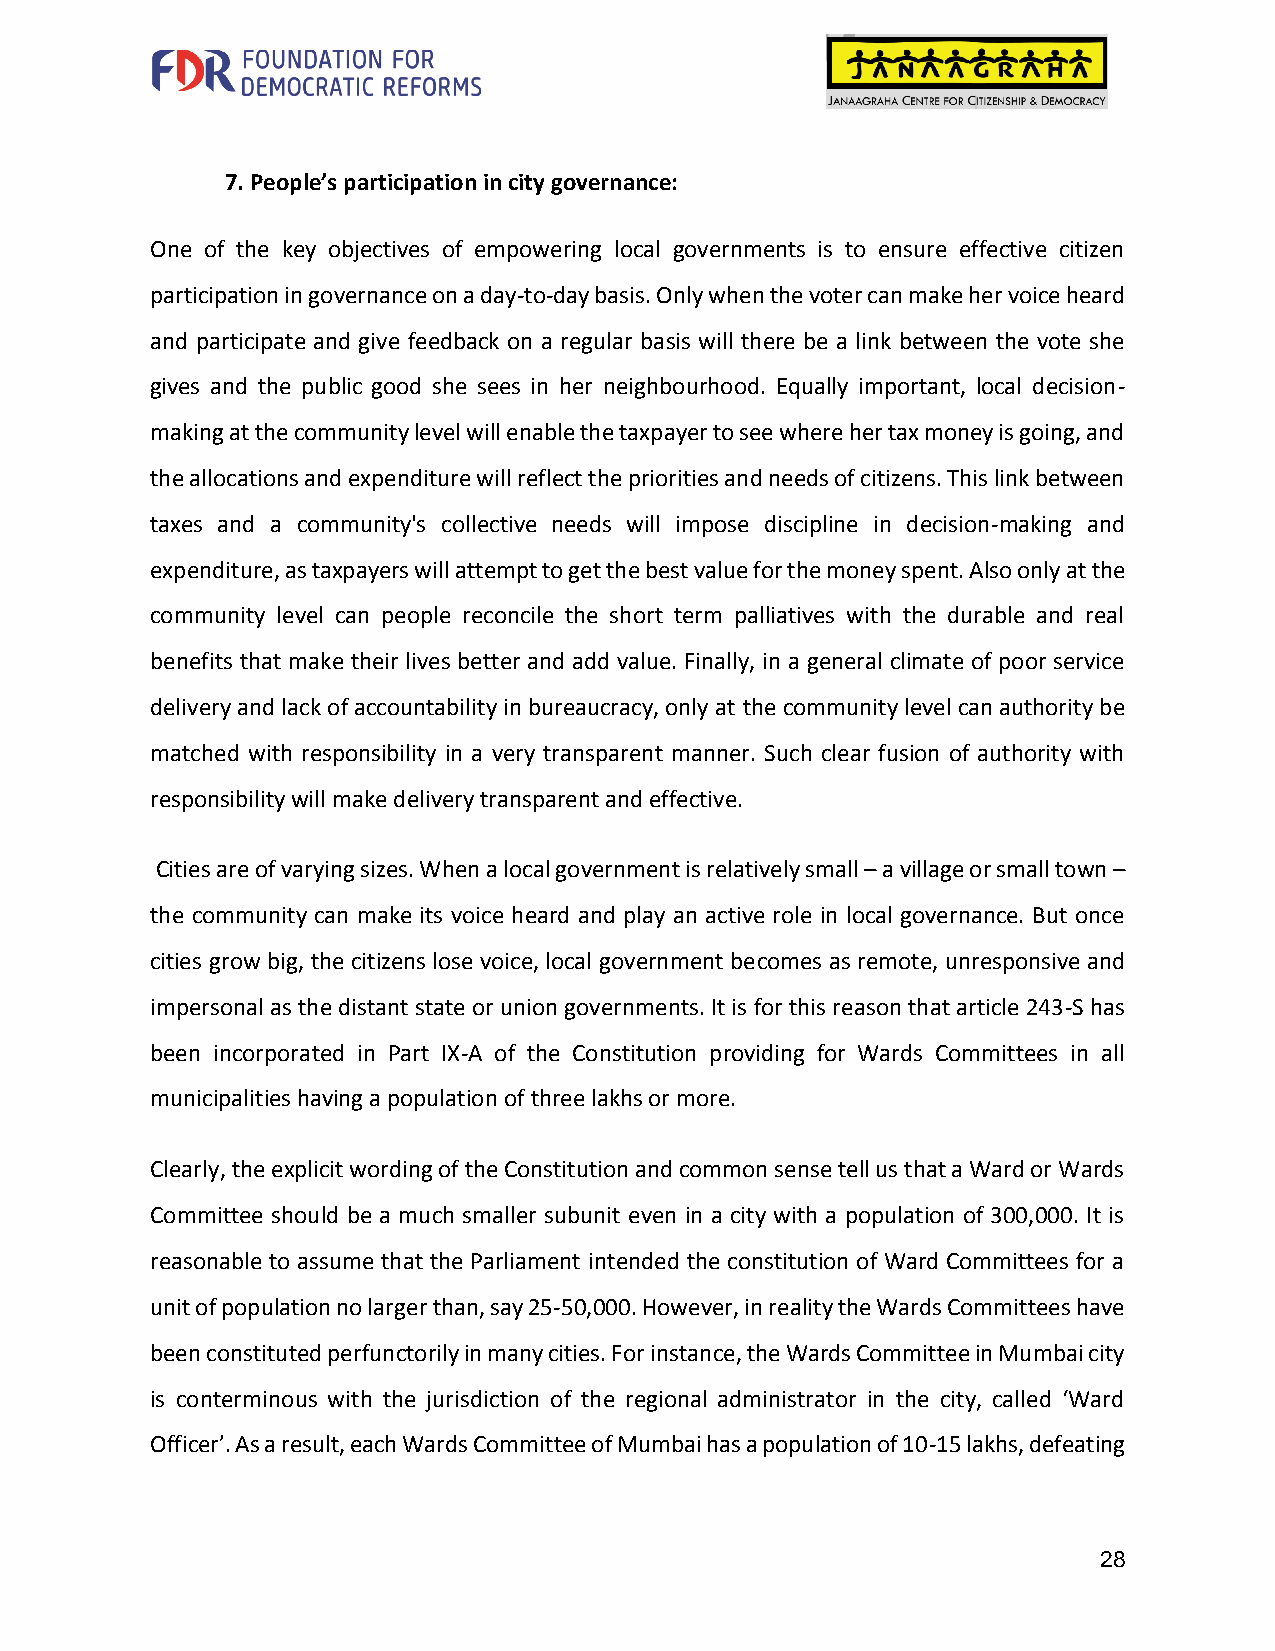
7. People’s participation in city governance:
 One of the key objectives of empowering local governments is to ensure effective citizen
 participation in governance on a day-to-day basis. Only when the voter can make her voice heard
 and participate and give feedback on a regular basis will there be a link between the vote she
 gives and the public good she sees in her neighbourhood. Equally important, local decision-
 making at the community level will enable the taxpayer to see where her tax money is going, and
 the allocations and expenditure will reflect the priorities and needs of citizens. This link between
 taxes and a community's collective needs will impose discipline in decision-making and
 expenditure, as taxpayers will attempt to get the best value for the money spent. Also only at the
 community level can people reconcile the short term palliatives with the durable and real
 benefits that make their lives better and add value. Finally, in a general climate of poor service
 delivery and lack of accountability in bureaucracy, only at the community level can authority be
 matched with responsibility in a very transparent manner. Such clear fusion of authority with
 responsibility will make delivery transparent and effective.
 Cities are of varying sizes. When a local government is relatively small – a village or small town –
 the community can make its voice heard and play an active role in local governance. But once
 cities grow big, the citizens lose voice, local government becomes as remote, unresponsive and
 impersonal as the distant state or union governments. It is for this reason that article 243-S has
 been incorporated in Part IX-A of the Constitution providing for Wards Committees in all
 municipalities having a population of three lakhs or more.
 Clearly, the explicit wording of the Constitution and common sense tell us that a Ward or Wards
 Committee should be a much smaller subunit even in a city with a population of 300,000. It is
 reasonable to assume that the Parliament intended the constitution of Ward Committees for a
 unit of population no larger than, say 25-50,000. However, in reality the Wards Committees have
 been constituted perfunctorily in many cities. For instance, the Wards Committee in Mumbai city
 is conterminous with the jurisdiction of the regional administrator in the city, called ‘Ward
 Officer’. As a result, each Wards Committee of Mumbai has a population of 10-15 lakhs, defeating
 28